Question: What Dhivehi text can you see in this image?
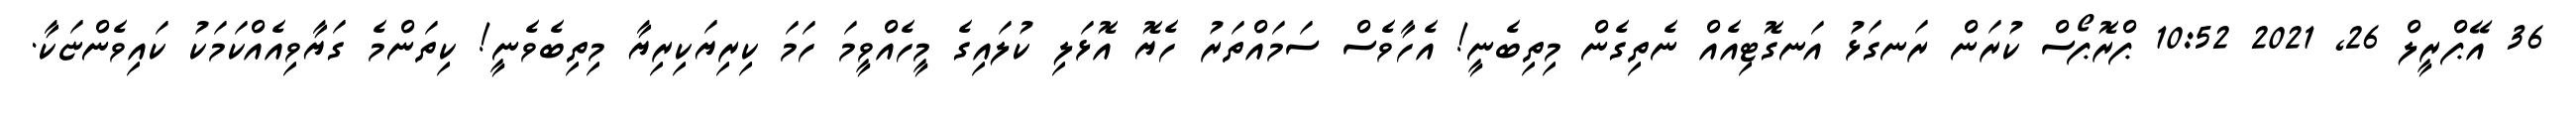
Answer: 36 އޭޕްރީލް 26, 2021 10:52 ޕްރޮޕޯސް ކުރަން ރަނގަޅު އަނގޮޓިއެއް ނެތިގެން މިތިބެނީ! އެހާވެސް ސަމައްތަރު ހެޔޮ އޮޅަލި ކުލައިގެ މީހެއްވީމަ ހަމަ ކިރިޔަކިރިޔާ މިތިބެވެނީ! ކިތަންމެ ގަޔާވިއެއްކަމަކު ކައިވެންޏަކާ.